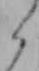
ら